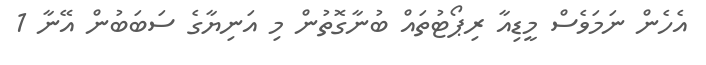
އެހެން ނަމަވެސް މީޑިއާ ރިޕޯޓުތައް ބުނާގޮތުން މި އަނިޔާގެ ސަބަބުން އޭނާ 1